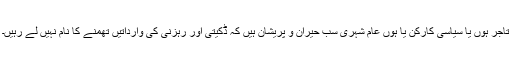
تاجر ہوں یا سیاسی کارکن یا ہوں عام شہری سب حیران و پریشان ہیں کہ ڈکیتی اور رہزنی کی وارداتیں تھمنے کا نام نہیں لے رہیں۔